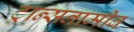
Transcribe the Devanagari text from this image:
ट्रान्सनामीब